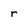
Character: r